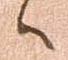
候